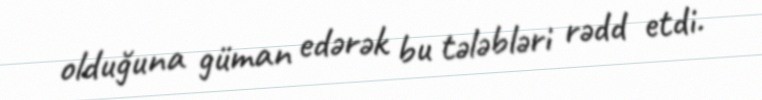
olduğuna güman edərək bu tələbləri rədd etdi.